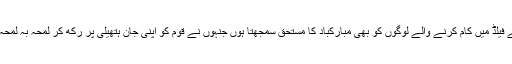
میں میڈیا کے فیلڈ میں کام کرنے والے لوگوں کو بھی مبارکباد کا مستحق سمجھتا ہوں جنہوں نے قوم کو اپنی جان ہتھیلی پر رکھ کر لمحہ بہ لمحہ باخبر رکھا۔